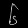
Digit: ၆